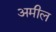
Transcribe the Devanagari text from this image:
अमील